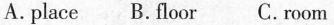
A.place B.Floor C.room